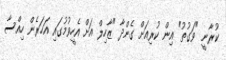
ކުރާނީ "ވަގުތު" އިން ކުރިއަށް ގެންދާ "ޒާހިލް އަށް އެހީވުމުގައި އަހަރެން ހިއްސާ